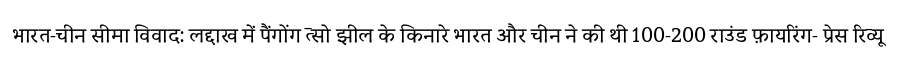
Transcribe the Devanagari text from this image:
भारत-चीन सीमा विवाद: लद्दाख में पैंगोंग त्सो झील के किनारे भारत और चीन ने की थी 100-200 राउंड फ़ायरिंग- प्रेस रिव्यू